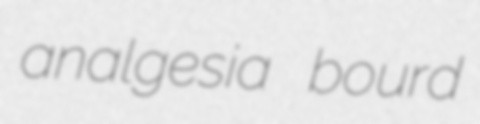
analgesia bourd